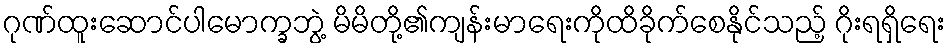
ဂုဏ်ထူးဆောင်ပါမောက္ခဘွဲ့ မိမိတို့၏ကျန်းမာရေးကိုထိခိုက်စေနိုင်သည့် ဂိုးရရှိရေး